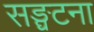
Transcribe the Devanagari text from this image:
सङ्घटना